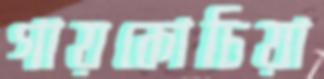
গায়কোচিয়া